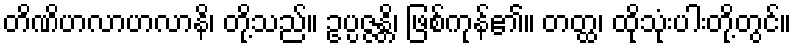
တိဏိဟလာဟလာနိ၊ တို့သည်။ ဥပ္ပဇ္ဇန္တိ၊ ဖြစ်ကုန်၏။ တတ္ထ၊ ထိုသုံးပါးတို့တွင်။